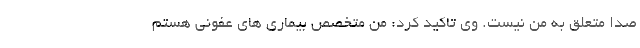
صدا متعلق به من نیست. وی تاکید کرد: من متخصص بیماری های عفونی هستم